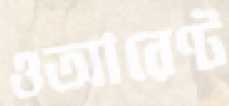
ওআরেণ্ট